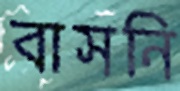
বাসনি